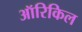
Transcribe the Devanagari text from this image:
ऑरिकिल